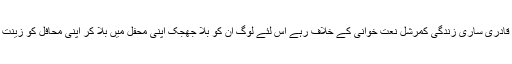
رانا دلدار احمد قادری ساری زندگی کمرشل نعت خوانی کے خلاف رہے اس لئے لوگ ان کو بلا جھجک اپنی محفل میں بلا کر اپنی محافل کو زینت بخشتے تھے ۔